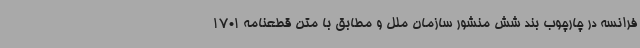
فرانسه در چارچوب بند شش منشور سازمان ملل و مطابق با متن قطعنامه 1701